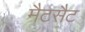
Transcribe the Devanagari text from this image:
मैटसैट